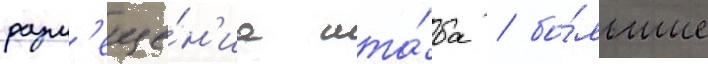
разм'еще́н'иа шта́ба / бо́льшие